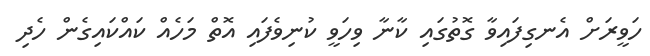
ހަވީރަށް އެނގިފައިވާ ގޮތުގައި ކާނާ ވިހަވީ ކުނިވެފައި އޮތް މަހެއް ކައްކައިގެން ހެދި